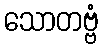
သောတဗ္ဗံ